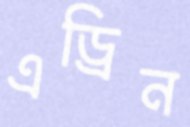
এড্রিন